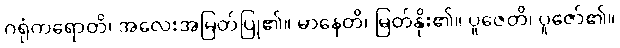
ဂရုံကရောတိ၊ အလေးအမြတ်ပြု၏။ မာနေတိ၊ မြတ်နိုး၏။ ပူဇေတိ၊ ပူဇော်၏။